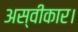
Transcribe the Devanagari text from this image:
अस्वीकार।